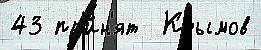
43 пр'и́н'ят  Крымов